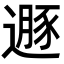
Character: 遯